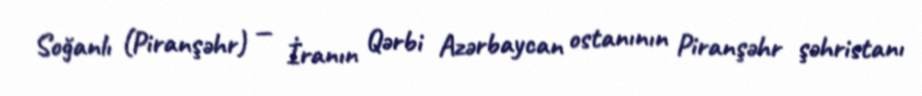
Soğanlı (Piranşəhr) — İranın Qərbi Azərbaycan ostanının Piranşəhr şəhristanı